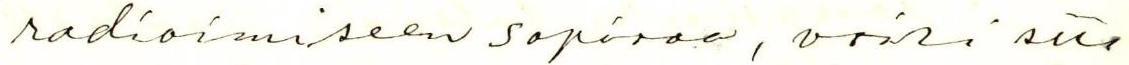
radioimiseen sopivaa, voisi sitä